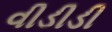
વીડીડી